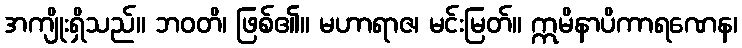
အကျိုးရှိသည်။ ဘဝတိ၊ ဖြစ်၏။ မဟာရာဇ၊ မင်းမြတ်။ ဣမိနာပိကာရဏေန၊